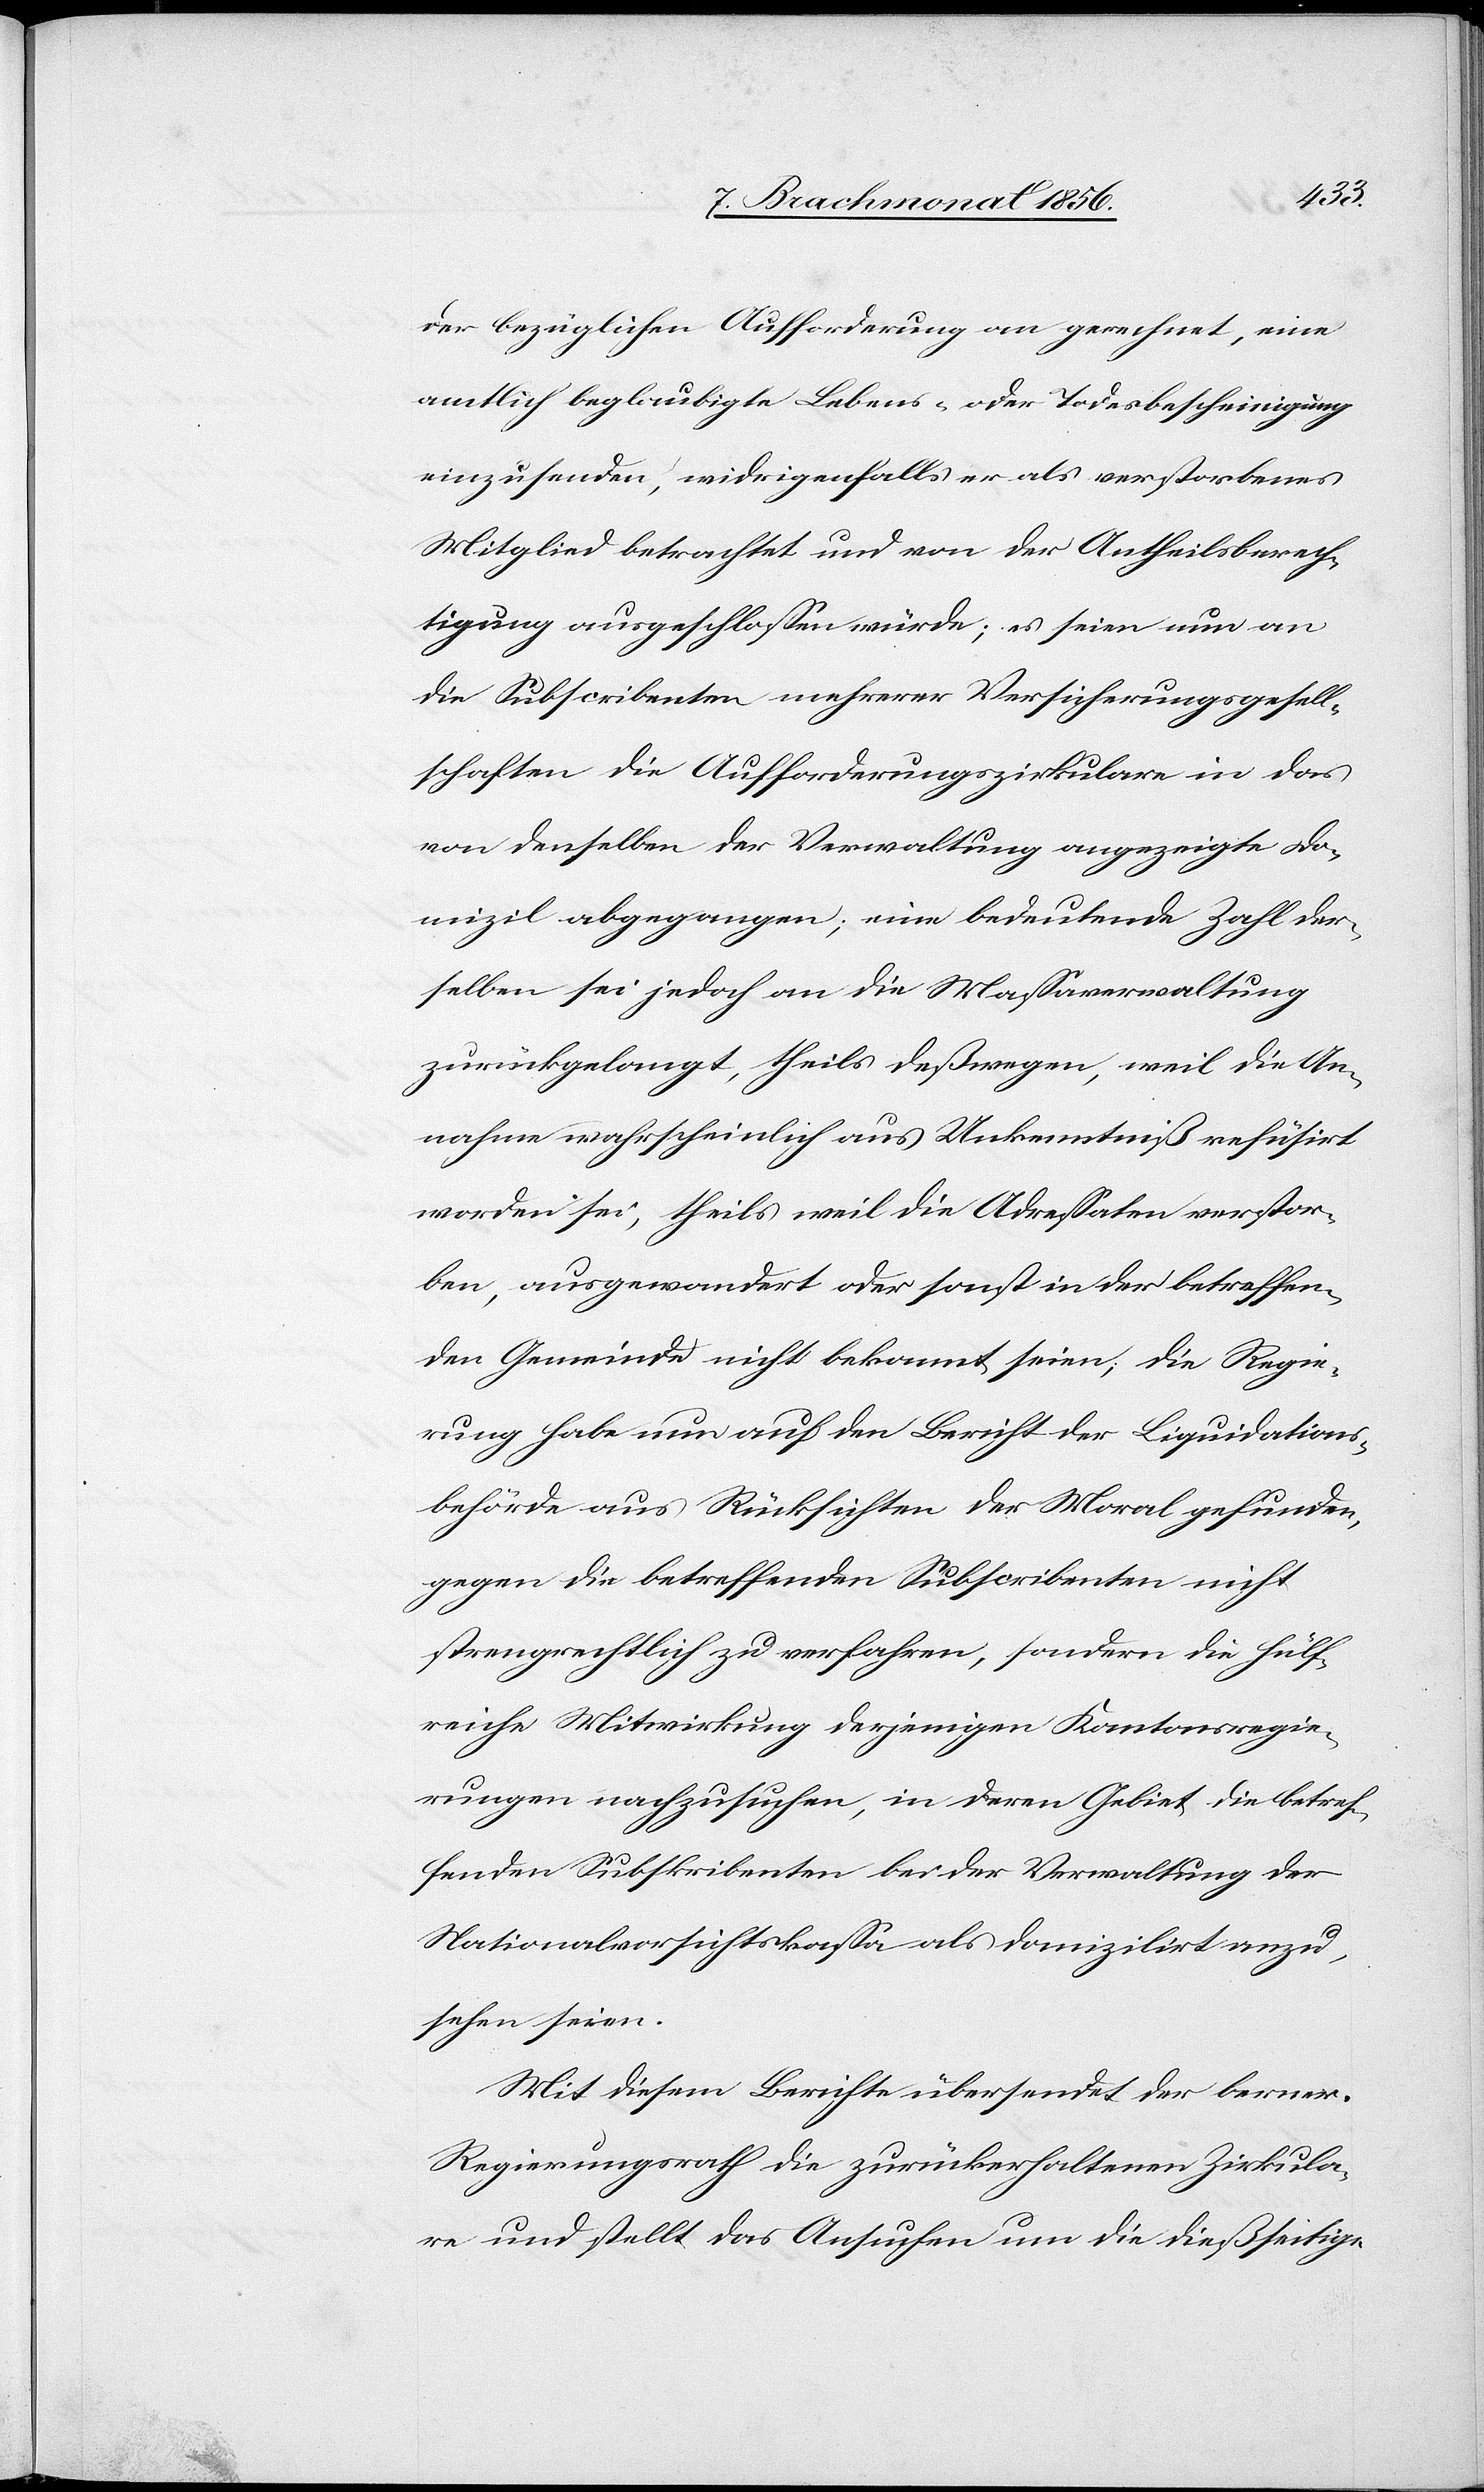
der bezüglichen Aufforderung an gerechnet, eine
amtlich beglaubigte Lebens- oder Todesbescheinigung
einzusenden, widrigenfalls er als verstorbenes
Mitglied betrachtet und von der Antheilsberech¬
tigung ausgeschlossen würde; es seien nun an
die Subscribenten mehrerer Versicherungsgesell¬
schaften die Aufforderungszirkulare in das
von denselben der Verwaltung angezeigte Do¬
mizil abgegangen; eine bedeutende Zahl der¬
selben sei jedoch an die Massaverwaltung
zurückgelangt, theils deßwegen, weil die An¬
nahme wahrscheinlich aus Unkenntniß refüsirt
worden sei, theils weil die Adressaten verstor¬
ben, ausgewandert oder sonst in der betreffen¬
den Gemeinde nicht bekannt seien; die Regie¬
rung habe nun auf den Bericht der Liquidations¬
behörde aus Rücksichten der Moral gefunden,
gegen die betreffenden Subscribenten nicht
strengrechtlich zu verfahren, sondern die hülf¬
reiche Mitwirkung derjenigen Kantonsregie¬
rungen nachzusuchen, in deren Gebiet die betref¬
fenden Subskribenten bei der Verwaltung der
Nationalvorsichtskassa als domizilirt anzu¬
sehen seien.
Mit diesem Berichte übersendet der berner.
Regierungsrath die zurückerhaltenen Zirkula¬
re und stellt das Ansuchen um die dießseitige